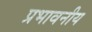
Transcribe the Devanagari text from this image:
प्रभावनीय